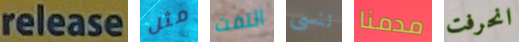
release مثل التفت ننسى مدمنا انحرفت